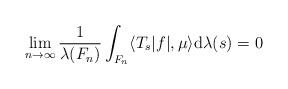
LaTeX: \begin{align*}\lim_{n \rightarrow \infty} \frac{1}{\lambda(F_n)}\int_{F_n} \langle T_s|f|,\mu\rangle \mathrm{d}\lambda(s) =0\end{align*}